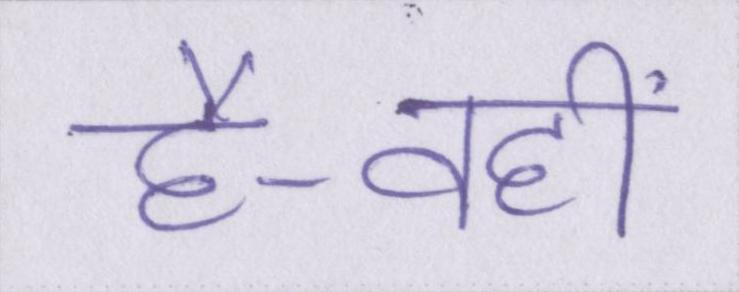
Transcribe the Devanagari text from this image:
है-वहीं